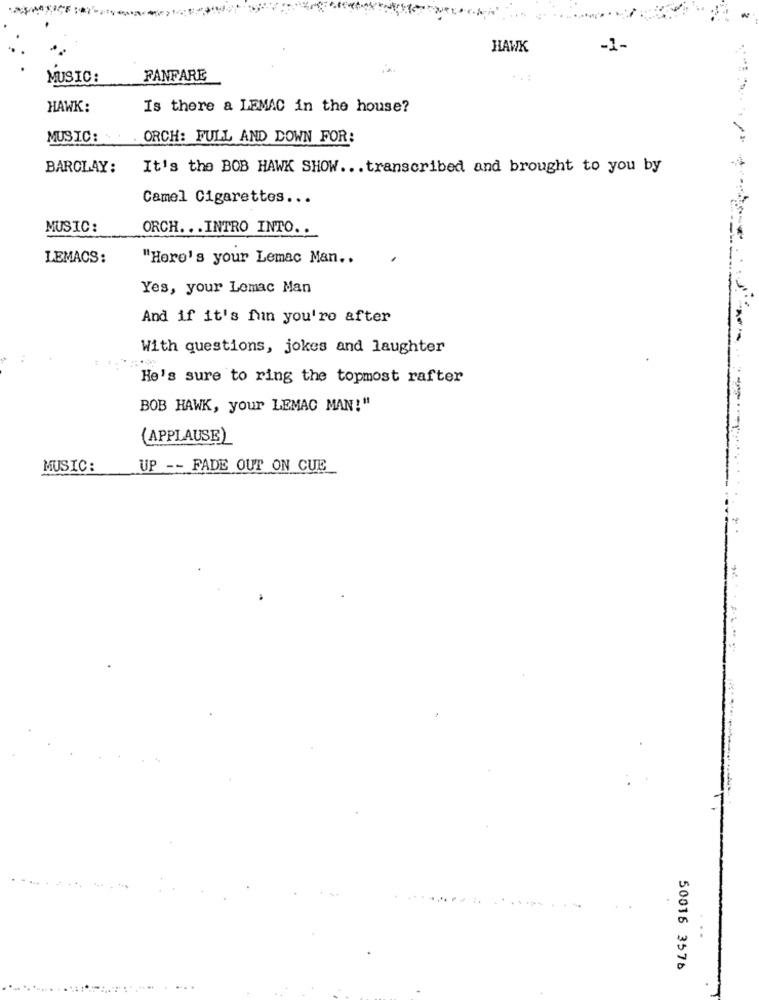
HAWK
-1
MUSIC:
FANFARE
HAWK:
Is there a LEMAC in the house?
MUSIC:
ORCH: FULL AND DOWN FOR:
BARCLAY:
It's the BOB HAWK SHOW .. . transcribed and brought to you by
Camel Cigarettes ...
MUSIC:
ORCH. .. INTRO INTO. .
LEMACS:
"Here's your Lemac Man ..
Yes, your Lemac Man
And if it's fun you're after
With questions, jokes and laughter
He's sure to ring the topmost rafter
BOB HAWK, your LEMAC MAN!"
(APPLAUSE)
MUSIC:
UP -- FADE OUT ON CUE
. ..
50016 3576